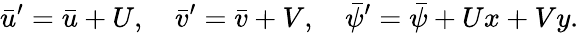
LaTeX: \bar{u}^{\prime}=\bar{u}+U,\quad\bar{v}^{\prime}=\bar{v}+V,\quad\bar{\psi}^{\prime}=\bar{\psi}+Ux+Vy.